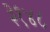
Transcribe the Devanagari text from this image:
३१४८